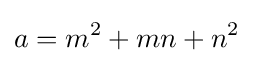
a=m^{2}+mn+n^{2}